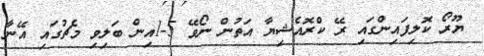
ޔޫރޯ ކޮލިފައިންގައި ރޭ ކްރޮއެޝިޔާ އަތުން ނޯވޭ 5-1އިން ބަލިވި މެޗުގައި އޭނާ